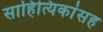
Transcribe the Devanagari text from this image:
साहित्यिकांसह